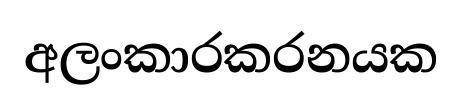
අලංකාරකරනයක